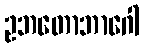
ဥဘတောဘာဂေါ